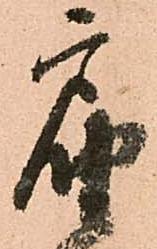
届